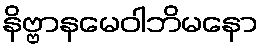
နိဗ္ဗာနမေဝါဘိမနော